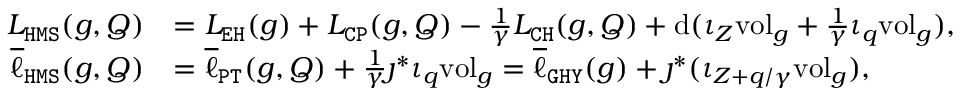
\begin{array} { r l } { L _ { \mathtt { H M S } } ( g , Q ) } & { = L _ { \mathtt { E H } } ( g ) + L _ { \mathtt { C P } } ( g , Q ) - \frac { 1 } { \gamma } L _ { \mathtt { C H } } ( g , Q ) + \mathrm { d } ( \iota _ { Z } \mathrm { v o l } _ { g } + \frac { 1 } { \gamma } \iota _ { q } \mathrm { v o l } _ { g } ) , } \\ { \overline { { \ell } } _ { \mathtt { H M S } } ( g , Q ) } & { = \overline { { \ell } } _ { \mathtt { P T } } ( g , Q ) + \frac { 1 } { \gamma } \jmath ^ { * } \iota _ { q } \mathrm { v o l } _ { g } = \overline { { \ell } } _ { \mathtt { G H Y } } ( g ) + \jmath ^ { * } ( \iota _ { Z + q / \gamma } \mathrm { v o l } _ { g } ) , } \end{array}